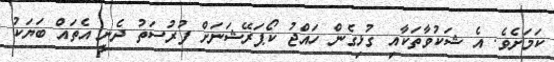
ކަމަށެވެ. އެ ޝަކުވާތަކާއި ގުޅިގެން ހައްޖު ކޯޕަރޭޝަނަށް ފުރުސަތު ދެނީ އެތައް ބަޔަކު